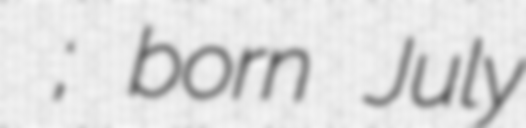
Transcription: Дарія Дмитрівна; born July